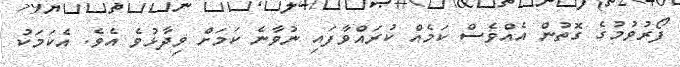
ފޯރުވުމުގެ ގޮތުން އެއްވެސް ކަމެއް ކުރައްވާފައި ނުވާނެ ކަމަށް ވިދާޅުވެ އެވެ. އެކަމަކު